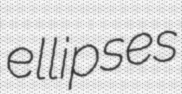
ellipses